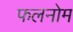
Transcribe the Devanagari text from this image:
फलनोम